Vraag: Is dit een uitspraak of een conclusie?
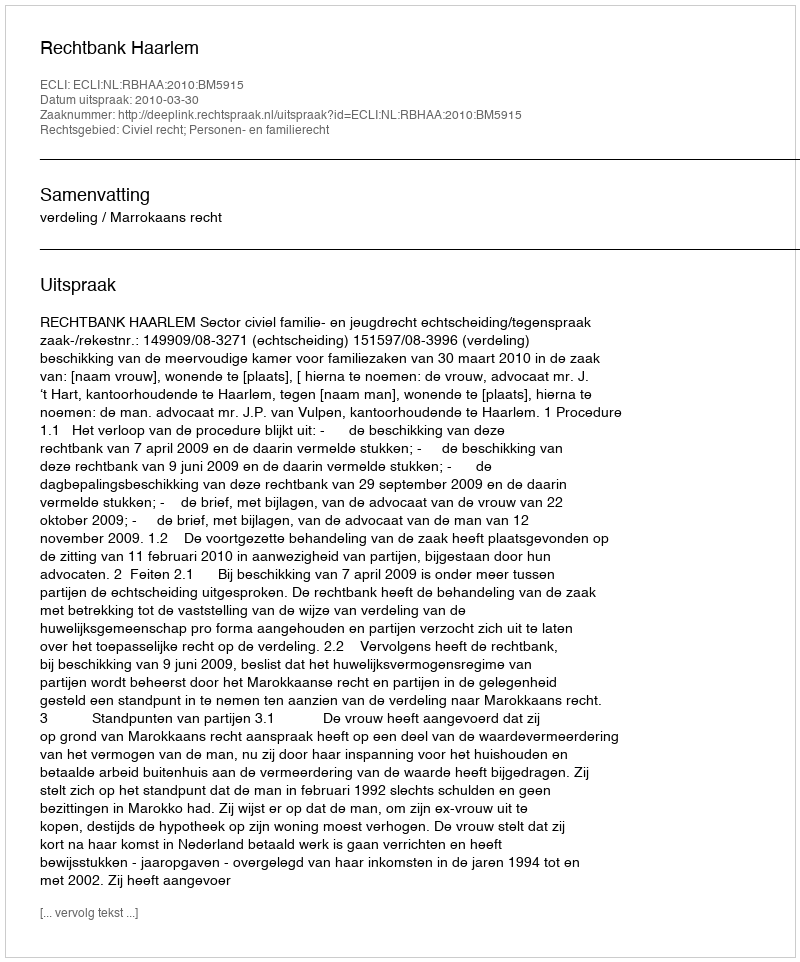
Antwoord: Uitspraak